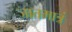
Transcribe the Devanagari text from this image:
जातमात्रं